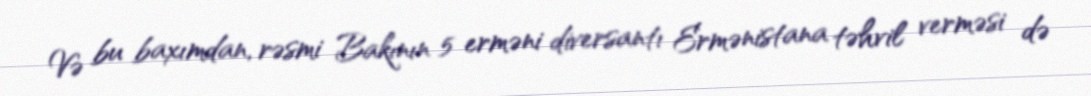
Və bu baxımdan, rəsmi Bakının 5 erməni diversantı Ermənistana təhvil verməsi də